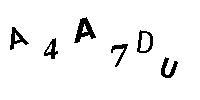
A4A7DU